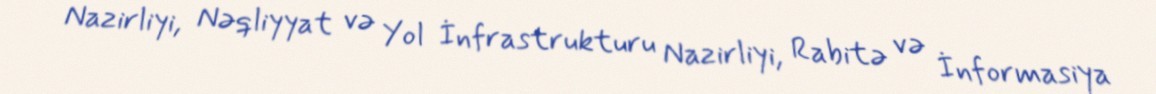
Nazirliyi, Nəqliyyat və Yol İnfrastrukturu Nazirliyi, Rabitə və İnformasiya